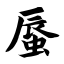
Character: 蜃